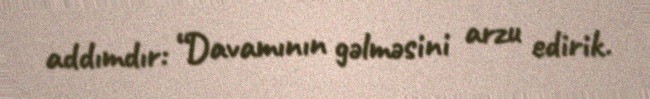
addımdır: “Davamının gəlməsini arzu edirik.